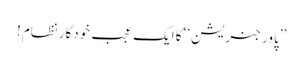
’’پاور جنریشن‘‘ کا ایک عجب خودکار نظام!